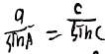
\frac { a } { \sin A } = \frac { c } { \sin c }